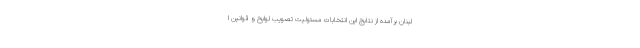
لبنان برآمده از نتایج این انتخابات مسئولیت تصویب لوایح و قوانین ا